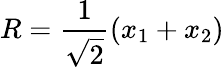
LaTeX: R=\frac{1}{\sqrt{2}}(x_{1}+x_{2})